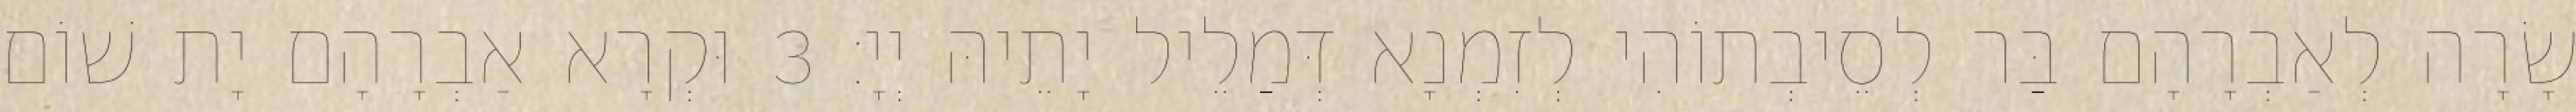
שָׂרָה לְאַבְרָהָם בַּר לְסֵיבְתוֹהִי לְזִמְנָא דְּמַלֵיל יָתֵיהּ יְיָ׃ 3 וּקְרָא אַבְרָהָם יָת שׁוֹם